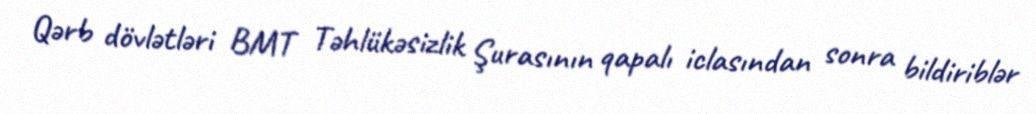
Qərb dövlətləri BMT Təhlükəsizlik Şurasının qapalı iclasından sonra bildiriblər